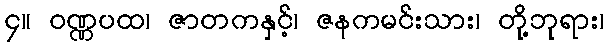
၄။ ဝဏ္ဏပထ၊ ဇာတကနှင့်၊ ဇနကမင်းသား၊ တို့ဘုရား၊